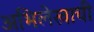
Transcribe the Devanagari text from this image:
अभिलेखाची